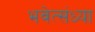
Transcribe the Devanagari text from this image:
भवेत्संध्या